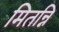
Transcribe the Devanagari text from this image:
मितन्नि